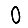
Digit: 0